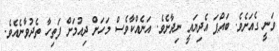
ވަނީ ގެއަށެވެ. ބައްޕަ އެދިޔައީ ނިދާށެވެ. އަނެއްކާވެސް މަހަށް ދިއުމަށް ފަތިހާ ތެދުވާނެއެވެ.